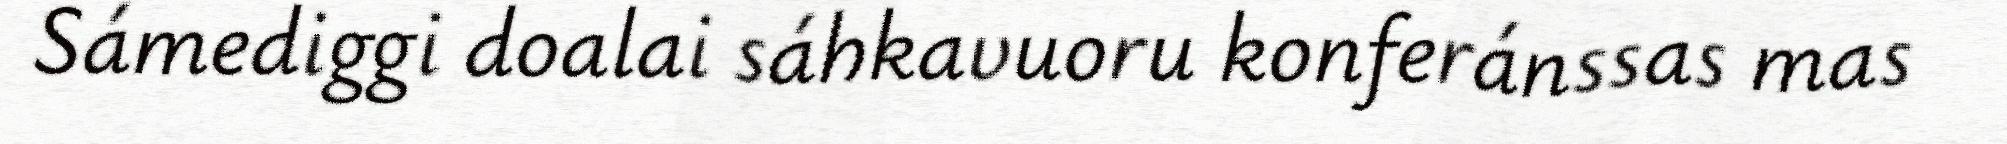
Sámediggi doalai sáhkavuoru konferánssas mas